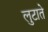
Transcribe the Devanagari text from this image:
लुटाते